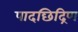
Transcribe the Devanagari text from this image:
पादछिद्रिण